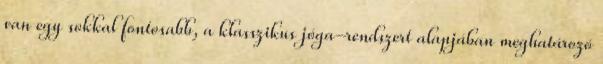
van egy sokkal fontosabb, a klasszikus jóga-rendszert alapjában meghatározó